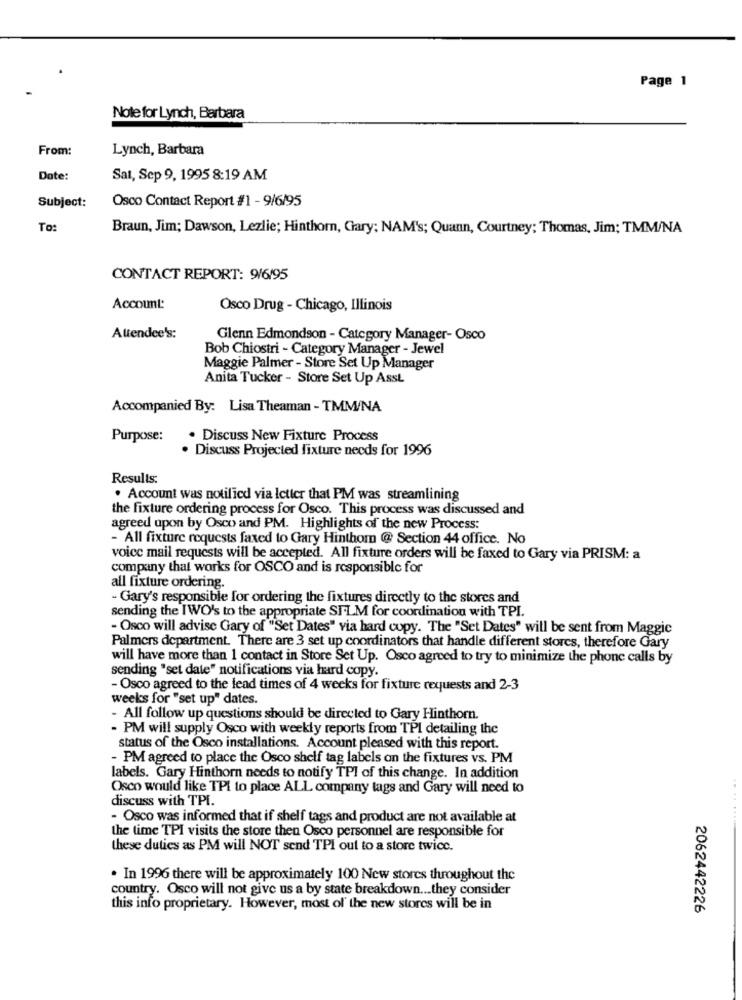
Page 1
Nole for Lynch, Barbara
From:
Lynch, Barbara
Date:
Sat, Sep 9, 1995 8:19 AM
Subject:
Osco Contact Report #1 - 9/6/95
To:
Braun, Jim; Dawson, Lezlie; Hinthorn, Gary; NAM's; Quann, Courtney; Thomas, Jim; TMM/NA
CONTACT REPORT: 9/6/95
Account:
Osco Drug - Chicago, Illinois
Attendee's:
Glenn Edmondson - Category Manager- Osco
Bob Chiostri - Category Manager - Jewel
Maggie Palmer - Store Set Up Manager
Anita Tucker - Store Set Up Asst.
Accompanied By: Lisa Theaman - TMM/NA
Purpose:
. Discuss New Fixture Process
. Discuss Projected fixture needs for 1996
Results:
. Account was notified via letter that PM was streamlining
the fixture ordering process for Osco. This process was discussed and
agreed upon by Osco and PM. Highlights of the new Process:
- All fixture requests faxed to Gary Hinthom @ Section 44 office. No
voice mail requests will be accepted. All fixture orders will be faxed to Gary via PRISM: a
company that works for OSCO and is responsible for
all fixture ordering.
- Gary's responsible for ordering the fixtures directly to the stores and
sending the IWO's to the appropriate SI.LM for coordination with TPI.
- Osco will advise Gary of "Set Dates" via hard copy. The "Set Dates" will be sent from Maggie
Palmers department. There are 3 set up coordinators that handle different stores, therefore Gary
will have more than 1 contact in Store Set Up. Osco agreed to try to minimize the phone calls by
sending "set date" notifications via hard copy.
- Osco agreed to the lead times of 4 weeks for fixture requests and 2-3
weeks for "set up" dates.
- All follow up questions should be directed to Gary Hinthorn.
- PM will supply Osco with weekly reports from TPI detailing the
status of the Osco installations. Account pleased with this report.
- PM agreed to place the Osco shelf tag labels on the fixtures vs. PM
labels. Gary Hinthorn needs to notify TPI of this change. In addition
Osco would like TPI to place ALL company tags and Gary will need to
discuss with TPI.
- Osco was informed that if shelf tags and product are not available at
the time TPI visits the store then Osco personnel are responsible for
these duties as PM will NOT send TPI out to a store twice.
. In 1996 there will be approximately 100 New stores throughout the
country. Osco will not give us a by state breakdown ... they consider
this info proprietary. However, most of the new stores will be in
2062442226